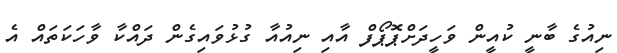
ނިއުގެ ބާނީ ކުއީން ވަހީދަށްޕޮޕޯފް އާއި ނިއުއާ ގުޅުވައިގެން ދައްކާ ވާހަކަތައް އެ